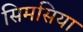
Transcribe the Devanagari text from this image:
सिमसिया